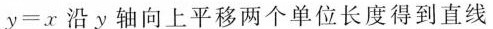
$$y = x$$沿y轴向上平移两个单位长度得到直线